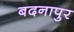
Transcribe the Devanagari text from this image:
बदनापुर